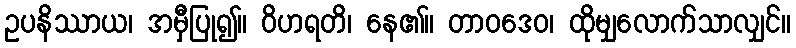
ဥပနိဿာယ၊ အမှီပြု၍။ ဝိဟရတိ၊ နေ၏။ တာဝဒေဝ၊ ထိုမျှလောက်သာလျှင်။